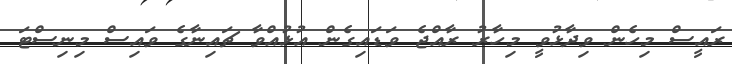
ރައީސް މިހެން ވިދާޅުވީ މިހާރު ރާއްޖެ ވަޑައިގެން އުޅުއްވާ ޗައިނާގެ ވައިސް މިނިސްޓަ